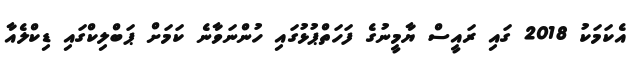
އެކަމަކު 2018 ގައި ރައީސް ޔާމީނުގެ ފަހަތްޕުޅުގައި ހުންނަވާނެ ކަމަށް ޕަބްލިކްގައި ޑިކްލެއާ